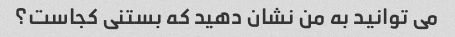
می توانید به من نشان دهید که بستنی کجاست؟